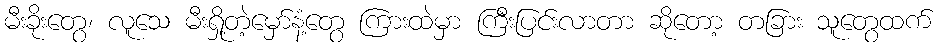
မီးခိုးတွေ၊ လူသေ မီးရှို့တဲ့မှော်နံ့တွေ ကြားထဲမှာ ကြီးပြင်းလာတာ ဆိုတော့ တခြား သူတွေထက်